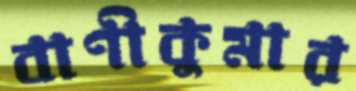
বাণীকুমার